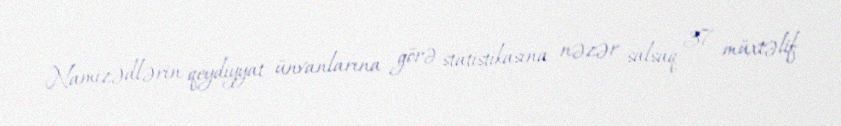
Namizədlərin qeydiyyat ünvanlarına görə statistikasına nəzər salsaq 37 müxtəlif